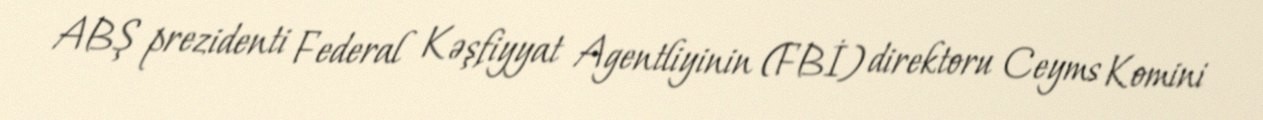
ABŞ prezidenti Federal Kəşfiyyat Agentliyinin (FBİ) direktoru Ceyms Komini